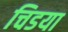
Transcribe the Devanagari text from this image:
चिडया